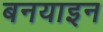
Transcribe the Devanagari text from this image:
बनयाइन